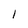
Character: I